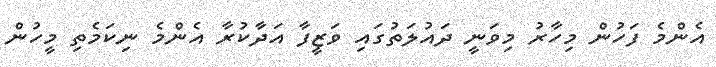
އެންމެ ފަހުން މިހާރު މިވަނީ ދައުލަތުގައި ވަޒީފާ އަދާކުރާ އެންމެ ނިކަމެތި މީހުން